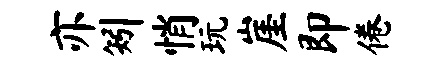
亦矧悄玩崖即倦